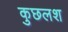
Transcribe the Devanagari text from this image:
कुछलश